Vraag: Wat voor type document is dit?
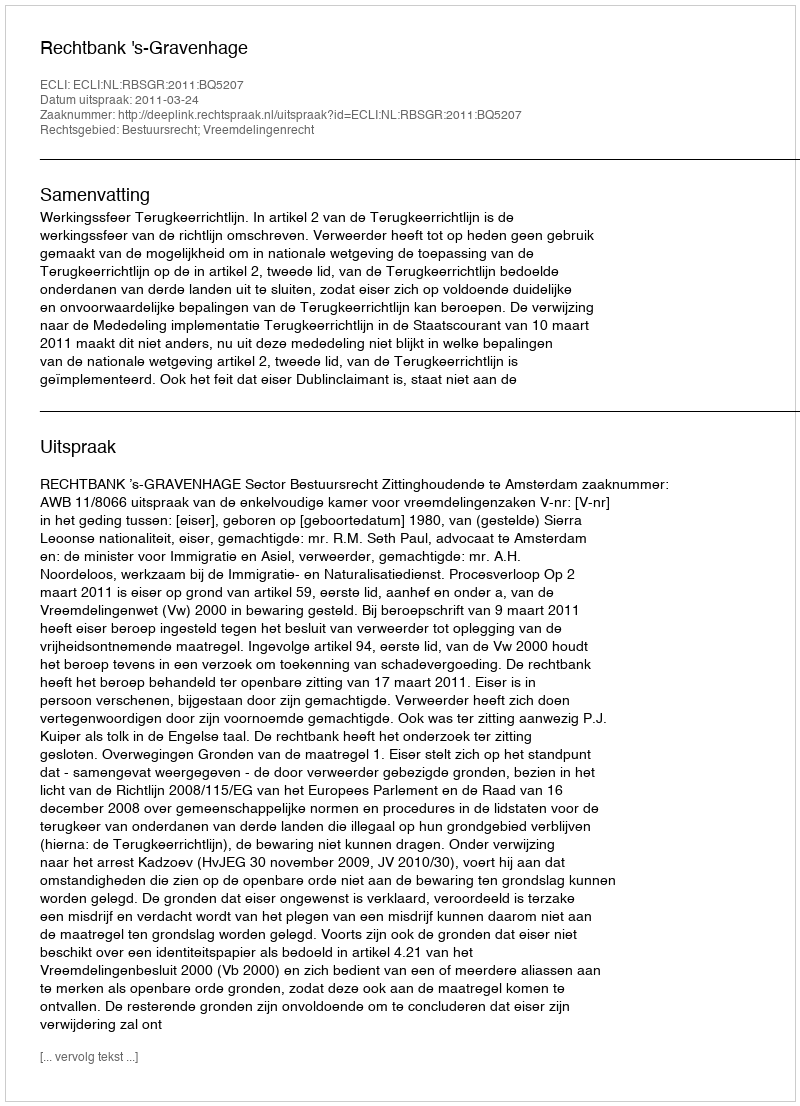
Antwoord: Uitspraak